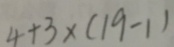
4 + 3 \times ( 1 9 - 1 )